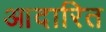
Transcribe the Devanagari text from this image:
आदारित